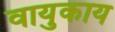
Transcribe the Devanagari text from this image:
वायुकाय